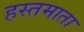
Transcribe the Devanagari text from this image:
हस्तमाता